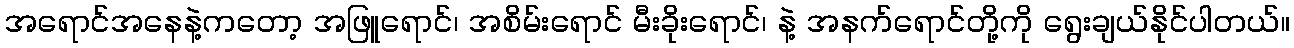
အရောင်အနေနဲ့ကတော့ အဖြူရောင်၊ အစိမ်းရောင် မီးခိုးရောင်၊ နဲ့ အနက်ရောင်တို့ကို ရွေးချယ်နိုင်ပါတယ်။